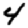
Digit: 4